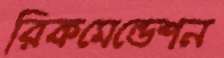
রিকমেন্ডেশন